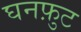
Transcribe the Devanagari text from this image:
घनफ़ुट